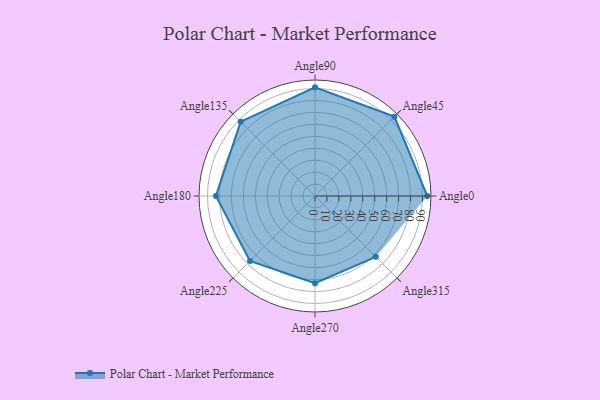
{"axis": {"x": "Angle", "y": "Radius"}, "legend": [""], "data": [{"x": "Angle0", "y": 94.0, "type": ""}, {"x": "Angle45", "y": 94.0, "type": ""}, {"x": "Angle90", "y": 91.0, "type": ""}, {"x": "Angle135", "y": 88.0, "type": ""}, {"x": "Angle180", "y": 83.0, "type": ""}, {"x": "Angle225", "y": 77.0, "type": ""}, {"x": "Angle270", "y": 73.0, "type": ""}, {"x": "Angle315", "y": 72.0, "type": ""}]}